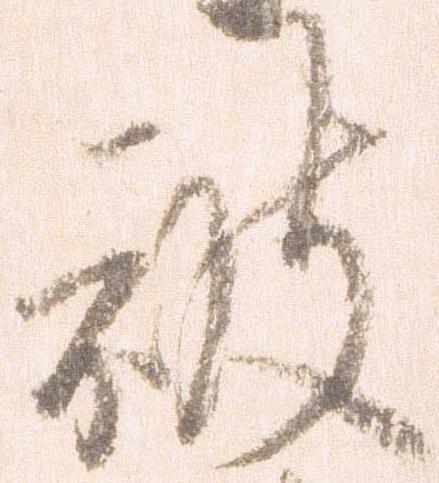
被